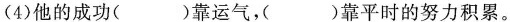
(4)他的成功( )靠运气，( )靠平时的努力积累。